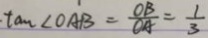
\tan \angle O A B = \frac { O B } { O A } = \frac { 1 } { 3 }